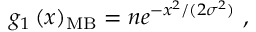
g _ { 1 } \left( x \right) _ { \mathrm { M B } } = n e ^ { - x ^ { 2 } / ( 2 \sigma ^ { 2 } ) } \ ,